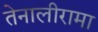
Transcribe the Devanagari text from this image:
तेनालीरामा